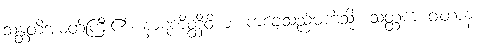
သန္တတိအမတ်ကြီး၏။ နာဋကိတ္ထိဝိယ၊ ကချေသည်မကဲ့သို့။ သတ္ထက ဝါတာနံ၊